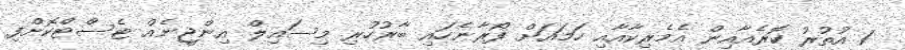
1 އުތުރު ކޮރެއާއިން އެމެރިކާއާއި ހަމައަށް ފޯރާނެހައި ބާރުހުރި މިސައިލް އިންޖީނެއް ޓެސްޓްކޮށްފި